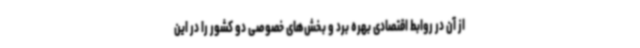
از آن در روابط اقتصادی بهره برد و بخش‌های خصوصی دو کشور را در این